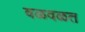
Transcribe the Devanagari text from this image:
वळवळत